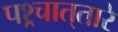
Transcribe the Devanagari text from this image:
पश्र्चात्‌तारे